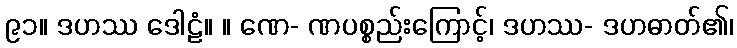
၉၁။ ဒဟဿ ဒေါဠံ။ ။ ဏေ- ဏပစ္စည်းကြောင့်၊ ဒဟဿ- ဒဟဓာတ်၏၊